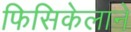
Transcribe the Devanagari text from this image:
फिसिकेलाने